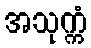
အသုက္ကံ